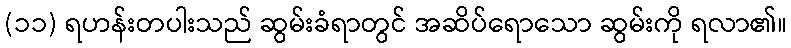
(၁၁) ရဟန်းတပါးသည် ဆွမ်းခံရာတွင် အဆိပ်ရောသော ဆွမ်းကို ရလာ၏။